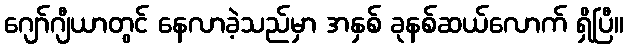
ဂျော်ဂျီယာတွင် နေလာခဲ့သည်မှာ အနှစ် ခုနစ်ဆယ်လောက် ရှိပြီ။